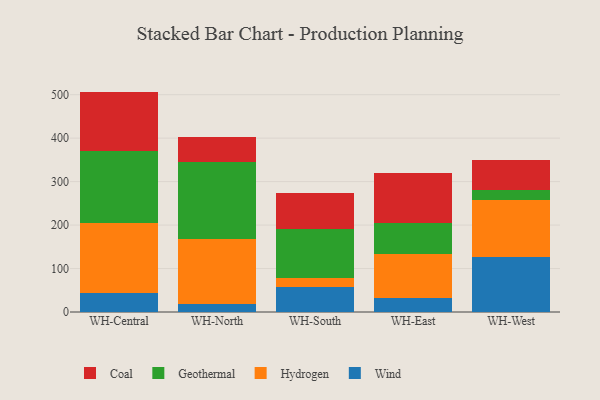
{"axis": {"x": "Warehouse", "y": "Temperature (°C)"}, "legend": ["Coal", "Geothermal", "Hydrogen", "Wind"], "data": [{"x": "WH-Central", "y": 43.7, "type": "Wind"}, {"x": "WH-Central", "y": 160.4, "type": "Hydrogen"}, {"x": "WH-Central", "y": 165.5, "type": "Geothermal"}, {"x": "WH-Central", "y": 137.5, "type": "Coal"}, {"x": "WH-North", "y": 18.7, "type": "Wind"}, {"x": "WH-North", "y": 150.1, "type": "Hydrogen"}, {"x": "WH-North", "y": 175.9, "type": "Geothermal"}, {"x": "WH-North", "y": 57.6, "type": "Coal"}, {"x": "WH-South", "y": 57.7, "type": "Wind"}, {"x": "WH-South", "y": 20.9, "type": "Hydrogen"}, {"x": "WH-South", "y": 111.5, "type": "Geothermal"}, {"x": "WH-South", "y": 83.2, "type": "Coal"}, {"x": "WH-East", "y": 32.2, "type": "Wind"}, {"x": "WH-East", "y": 101.7, "type": "Hydrogen"}, {"x": "WH-East", "y": 70.2, "type": "Geothermal"}, {"x": "WH-East", "y": 116.8, "type": "Coal"}, {"x": "WH-West", "y": 126.6, "type": "Wind"}, {"x": "WH-West", "y": 131.3, "type": "Hydrogen"}, {"x": "WH-West", "y": 23.4, "type": "Geothermal"}, {"x": "WH-West", "y": 69.5, "type": "Coal"}]}